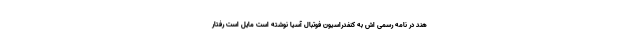
هند در نامه رسمی اش به کنفدراسیون فوتبال آسیا نوشته است مایل است رفتار